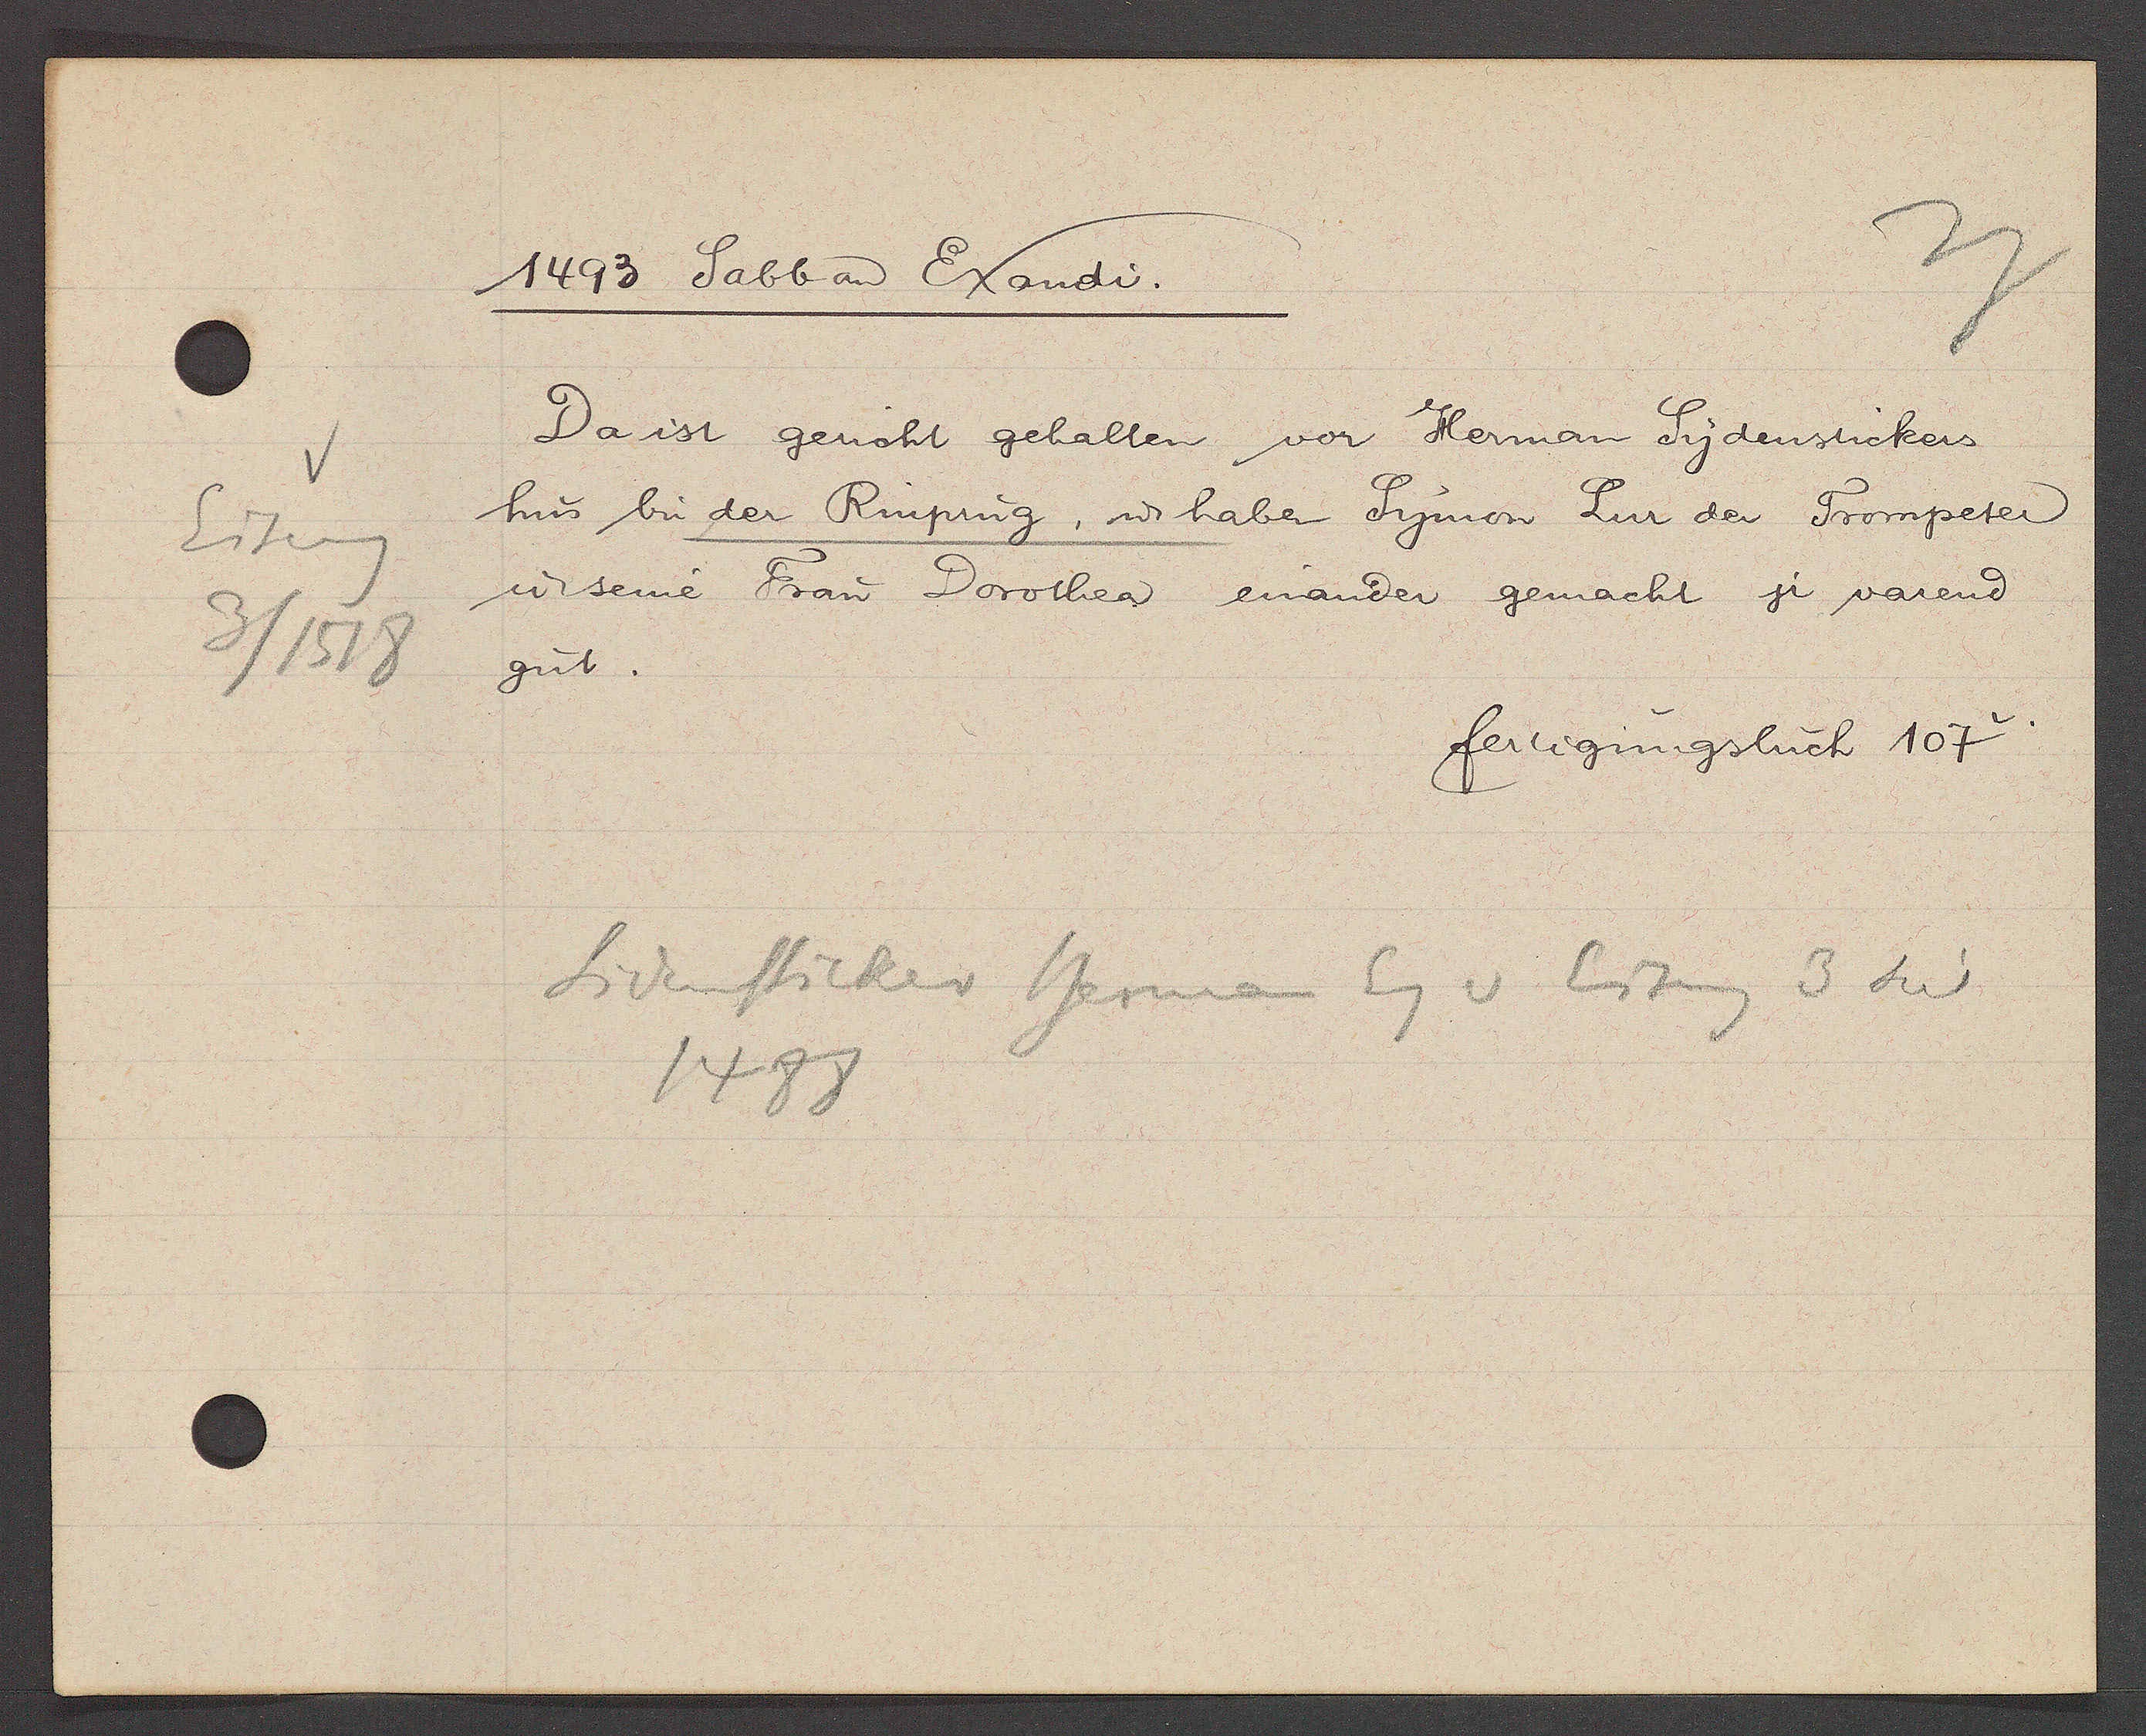
Transcript:
Eiseng
3/1518

1493 Sabb aȵ Exaudi.

Da ist gericht gehalten vor Herman Sydenstickers
hus bi der Rinprug, ư haben Symon Sur der Trompeter
ư seine Frau Dorothea einander gemacht si varenȡ
gut.

fertigungsbuch 107v.

Sidensticker Herman Eg v Eiseng 3 seit
1488